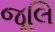
જૂલિ